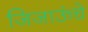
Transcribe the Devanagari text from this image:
जिजाऊंचे